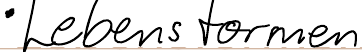
- Lebensformen